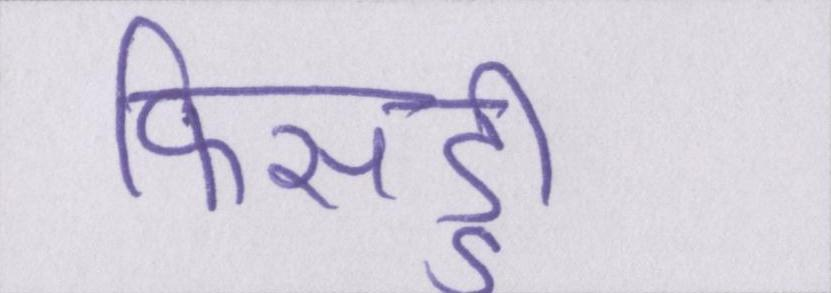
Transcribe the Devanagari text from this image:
फिसड्डी